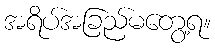
အရိပ်အခြည်မတွေ့ရ။